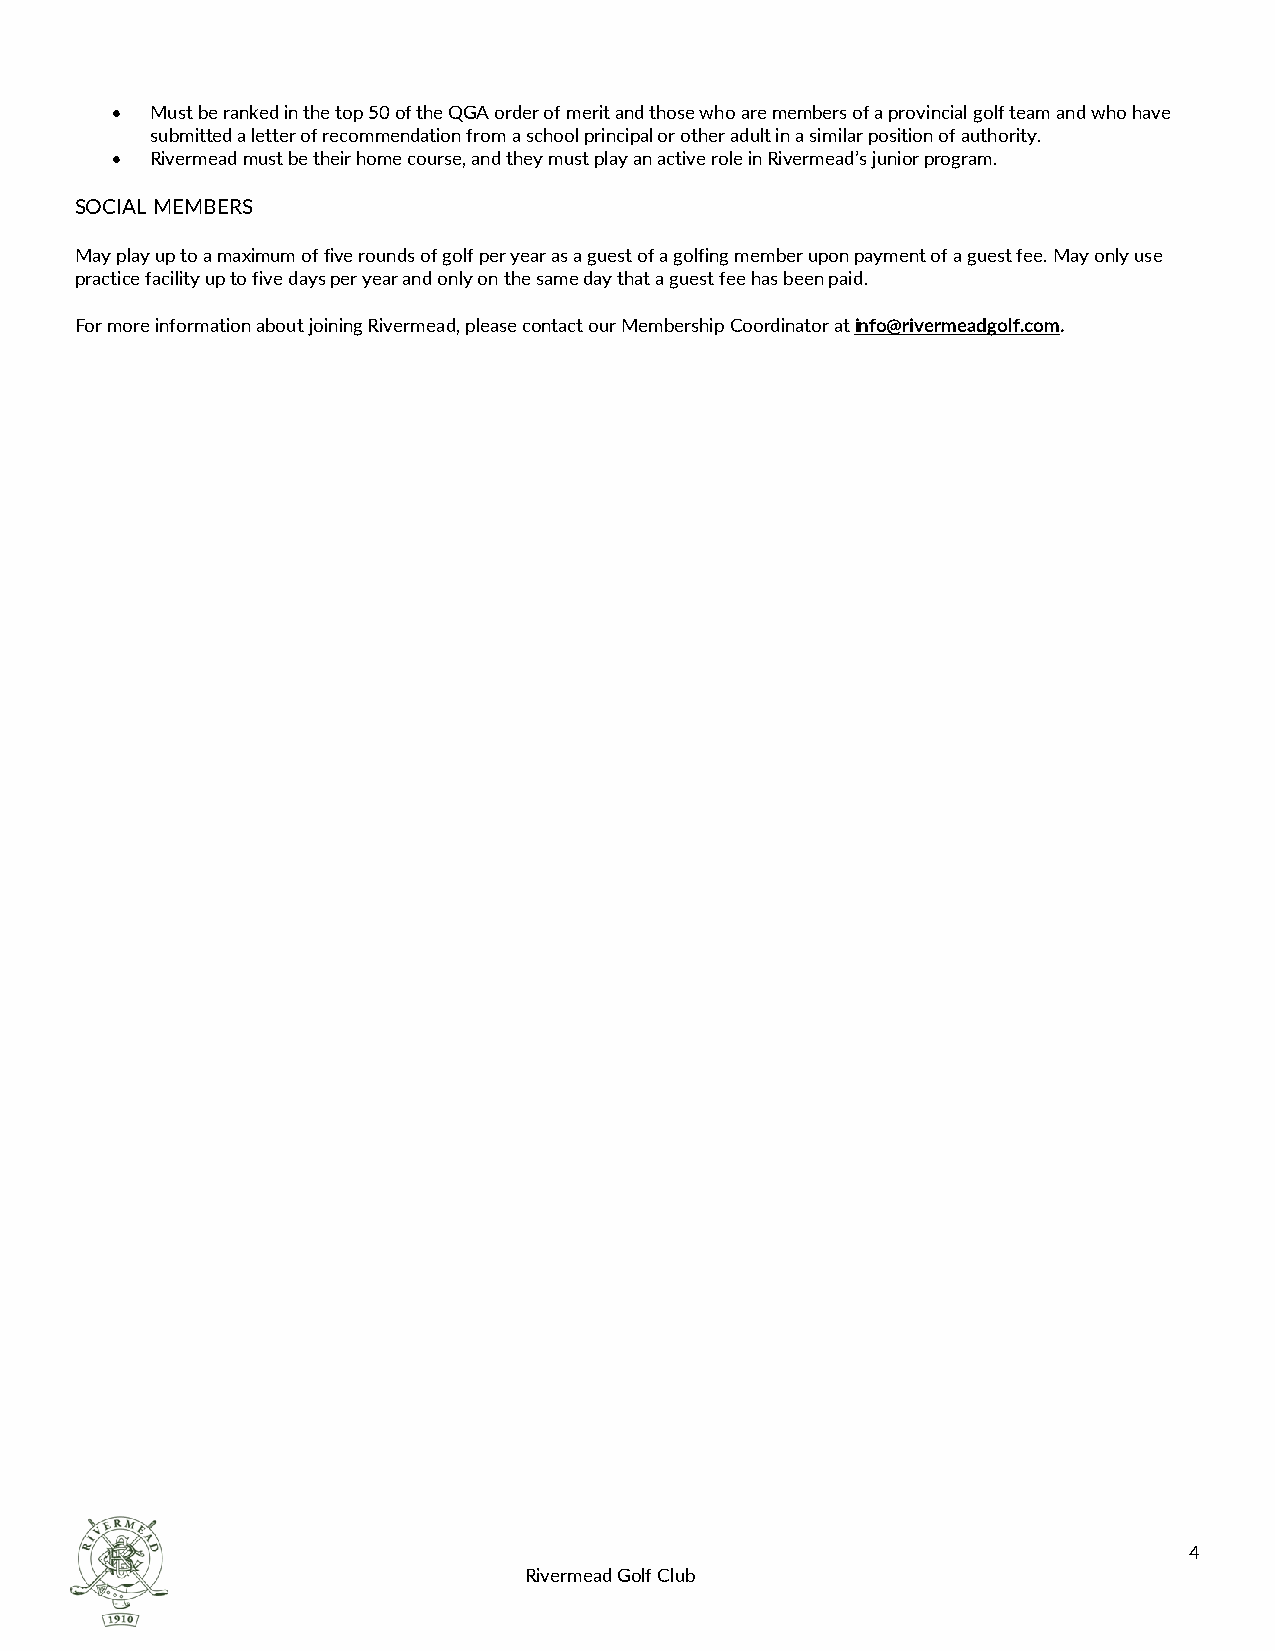
•  Must be ranked in the top 50 of the QGA order of merit and those who are members of a provincial golf team and who have
 submitted a letter of recommendation from a school principal or other adult in a similar position of authority.
 •  Rivermead must be their home course, and they must play an active role in Rivermead’s junior program.
 SOCIAL MEMBERS
 May play up to a maximum of five rounds of golf per year as a guest of a golfing member upon payment of a guest fee. May only use
 practice facility up to five days per year and only on the same day that a guest fee has been paid.
 For more information about joining Rivermead, please contact our Membership Coordinator at info@rivermeadgolf.com.
 4
 Rivermead Golf Club